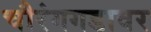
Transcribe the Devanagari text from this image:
चौरंगगडावर